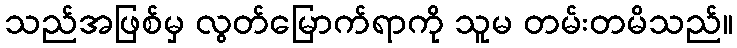
သည်အဖြစ်မှ လွတ်မြောက်ရာကို သူမ တမ်းတမိသည်။